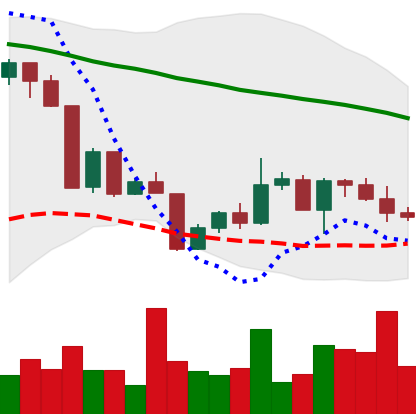
Ticker: XLM-USD
Chart end date: 2022-04-22
Forward return: -5.748%
Label: down_5_7